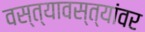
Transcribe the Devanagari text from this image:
वस्त्यावस्त्यांवर